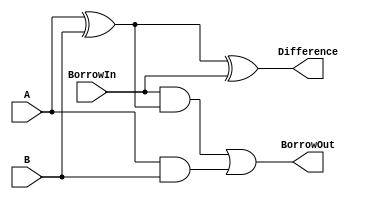
module FullSubtractor(
    input A,
    input B,
    input BorrowIn,
    output Difference,
    output BorrowOut
    );

    assign Difference = (A ^ B) ^ BorrowIn;
    assign BorrowOut = (BorrowIn & (A ^ B)) | (A & B);
    
endmodule